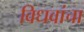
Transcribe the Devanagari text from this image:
विधवांचा